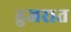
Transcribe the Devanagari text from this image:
हुजरात